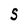
Character: S